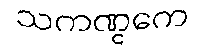
သကဏ္ဋကေ